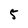
Character: 5